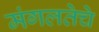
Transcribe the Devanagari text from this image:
मंगलतेचे